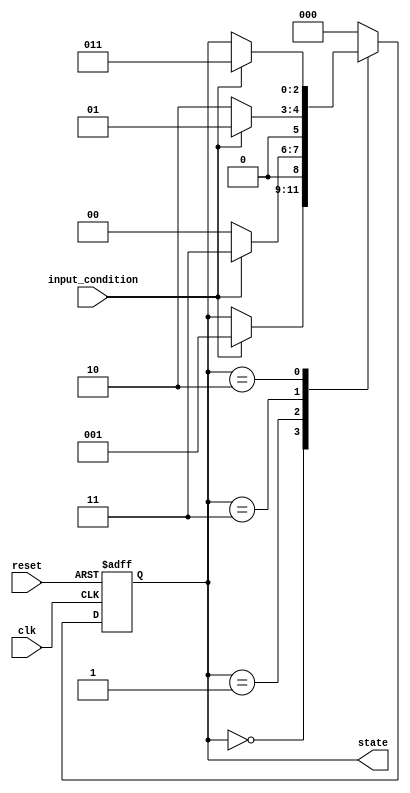
module Gray_Code_State_Machine (
    input wire clk,               // Clock input
    input wire reset,             // Reset input
    input wire input_condition,   // Input condition signal
    
    output reg [2:0] state        // State output signal with Gray Code encoding
);

// Define state encoding using Gray Code
parameter S0 = 3'b000;  // State 0
parameter S1 = 3'b001;  // State 1
parameter S2 = 3'b011;  // State 2
parameter S3 = 3'b010;  // State 3

// Define state transitions based on input conditions
always @ (posedge clk or posedge reset)
begin
    if (reset) begin
        state <= S0;  // Reset to initial state
    end else begin
        case (state)
            S0: begin
                if (input_condition) begin
                    state <= S1;
                end
            end
            S1: begin
                if (!input_condition) begin
                    state <= S0;
                end else begin
                    state <= S2;
                end
            end
            S2: begin
                if (!input_condition) begin
                    state <= S3;
                end else begin
                    state <= S1;
                end
            end
            S3: begin
                if (input_condition) begin
                    state <= S2;
                end
            end
            default: state <= S0;
        endcase
    end
end

endmodule